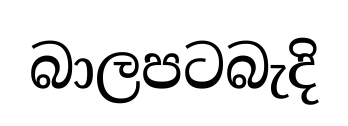
බාලපටබැදි